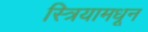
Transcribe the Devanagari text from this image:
स्त्रियामधून